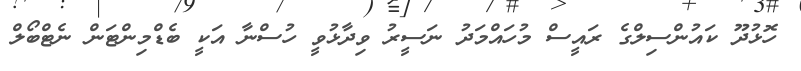
ހޮޅުދޫ ކައުންސިލްގެ ރައީސް މުހައްމަދު ނަސީރު ވިދާޅުވީ ހުސްނާ އަކީ ބެޑްމިންޓަން ނެޓްބޯލް